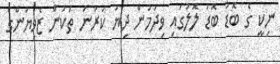
ނިކީ ގެ ބޮޑު ބޮޑު ލޮލުގައި ވިދަމުން ދިޔަ ކަރުނަ ތަކުން ޒެވިޔަންގެ